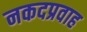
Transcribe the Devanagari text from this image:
नकदप्रवाह